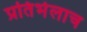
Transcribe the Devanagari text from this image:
प्रतिभेलाच